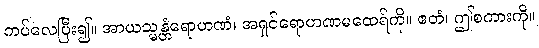
ကပ်လေပြီး၍။ အာယသ္မန္တံရောဟဏံ၊ အရှင်ရောဟဏမထေရ်ကို။ ဧတံ၊ ဤစကားကို။